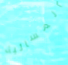
المسائية